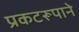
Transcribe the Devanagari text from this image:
प्रकटरूपाने